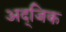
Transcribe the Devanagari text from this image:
अद्जिक